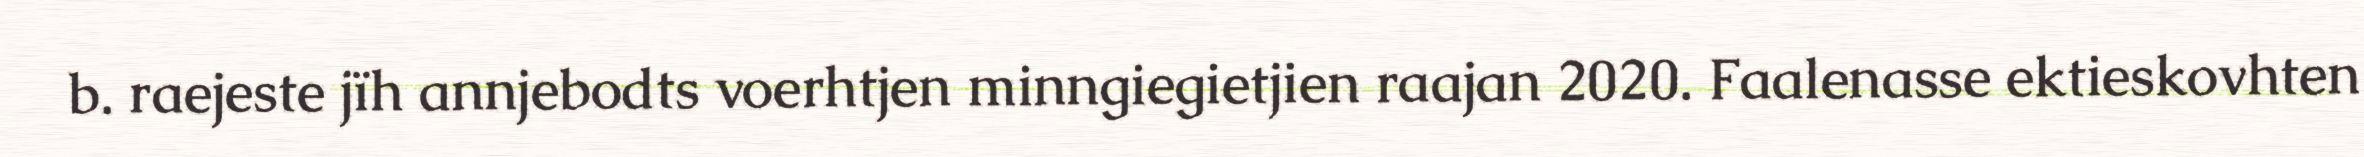
b. raejeste jïh annjebodts voerhtjen minngiegietjien raajan 2020. Faalenasse ektieskovhten